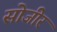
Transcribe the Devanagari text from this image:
सोजीर